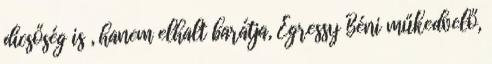
dicsőség is , hanem elhalt barátja, Egressy Béni műkedvelő,